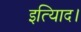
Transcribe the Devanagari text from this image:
इत्यािद।